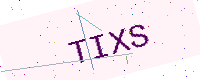
Text: TIXS